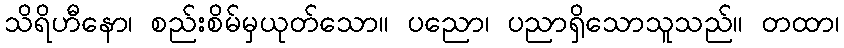
သိရိဟီနော၊ စည်းစိမ်မှယုတ်သော။ ပညော၊ ပညာရှိသောသူသည်။ တထာ၊